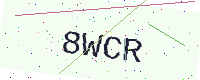
Text: 8WCR